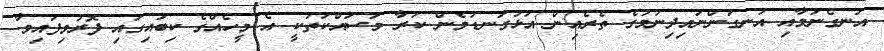
އުނގެނުމާއި އުނގަންނައިދިނުމުގެ ތެރެއިން އަޅުގަނޑުމެން ކުރާ މަސައްކަތަކީ އެ މީހެއްގެ ކިބައިގައި ފޮރުވިފައިވާ